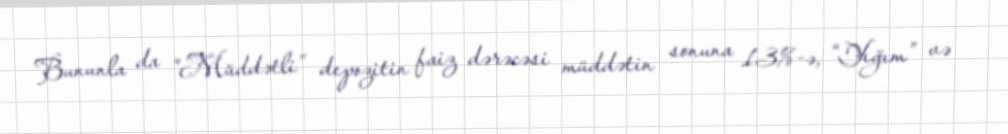
Bununla da “Müddətli” depozitin faiz dərəcəsi müddətin sonuna 13%-ə, “Yığım” və